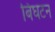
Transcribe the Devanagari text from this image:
बिघटन